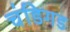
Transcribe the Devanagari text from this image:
चंडिगड